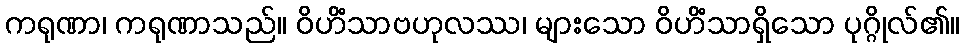
ကရုဏာ၊ ကရုဏာသည်။ ဝိဟိံသာဗဟုလဿ၊ များသော ဝိဟိံသာရှိသော ပုဂ္ဂိုလ်၏။